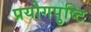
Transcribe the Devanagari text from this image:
प्रयोगपुष्टि